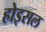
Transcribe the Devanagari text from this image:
होइसल